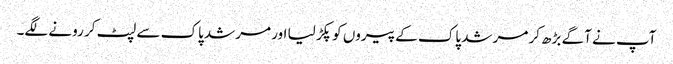
آپ نے آگے بڑھ کر مرشد پاک کے پیروں کو پکڑ لیا اور مرشد پاک سے لپٹ کر رونے لگے۔